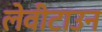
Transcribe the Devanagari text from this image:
लेवीटाउन